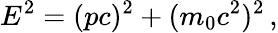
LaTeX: E^{2}=(pc)^{2}+(m_{0}c^{2})^{2}\, ,